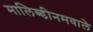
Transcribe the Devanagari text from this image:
मालिब्डीनमवाले